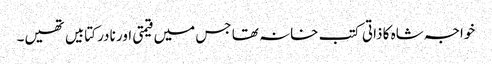
خواجہ شاہ کا ذاتی کتب خانہ تھا جس میں قیمتی اور نادر کتابیں تھیں۔